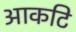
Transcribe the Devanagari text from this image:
आकटि